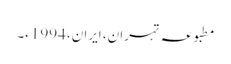
مطبوعہ تہران، ایران، 1994ء۔